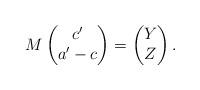
LaTeX: \begin{align*}M \begin{pmatrix} c' \\ a' - c \end{pmatrix} = \begin{pmatrix} Y \\ Z \end{pmatrix}.\end{align*}